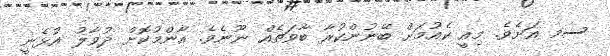
ސމ އަށެވެ. މިއީ ކެއުމަށް ބޭނުންކުރާ ބާވަތެއް ނޫނެވެ. އާންމުކޮށް ދުވާލު އުޅެނީ